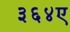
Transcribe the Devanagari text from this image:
३६४ए